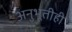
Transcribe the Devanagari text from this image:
अनुभूतीही